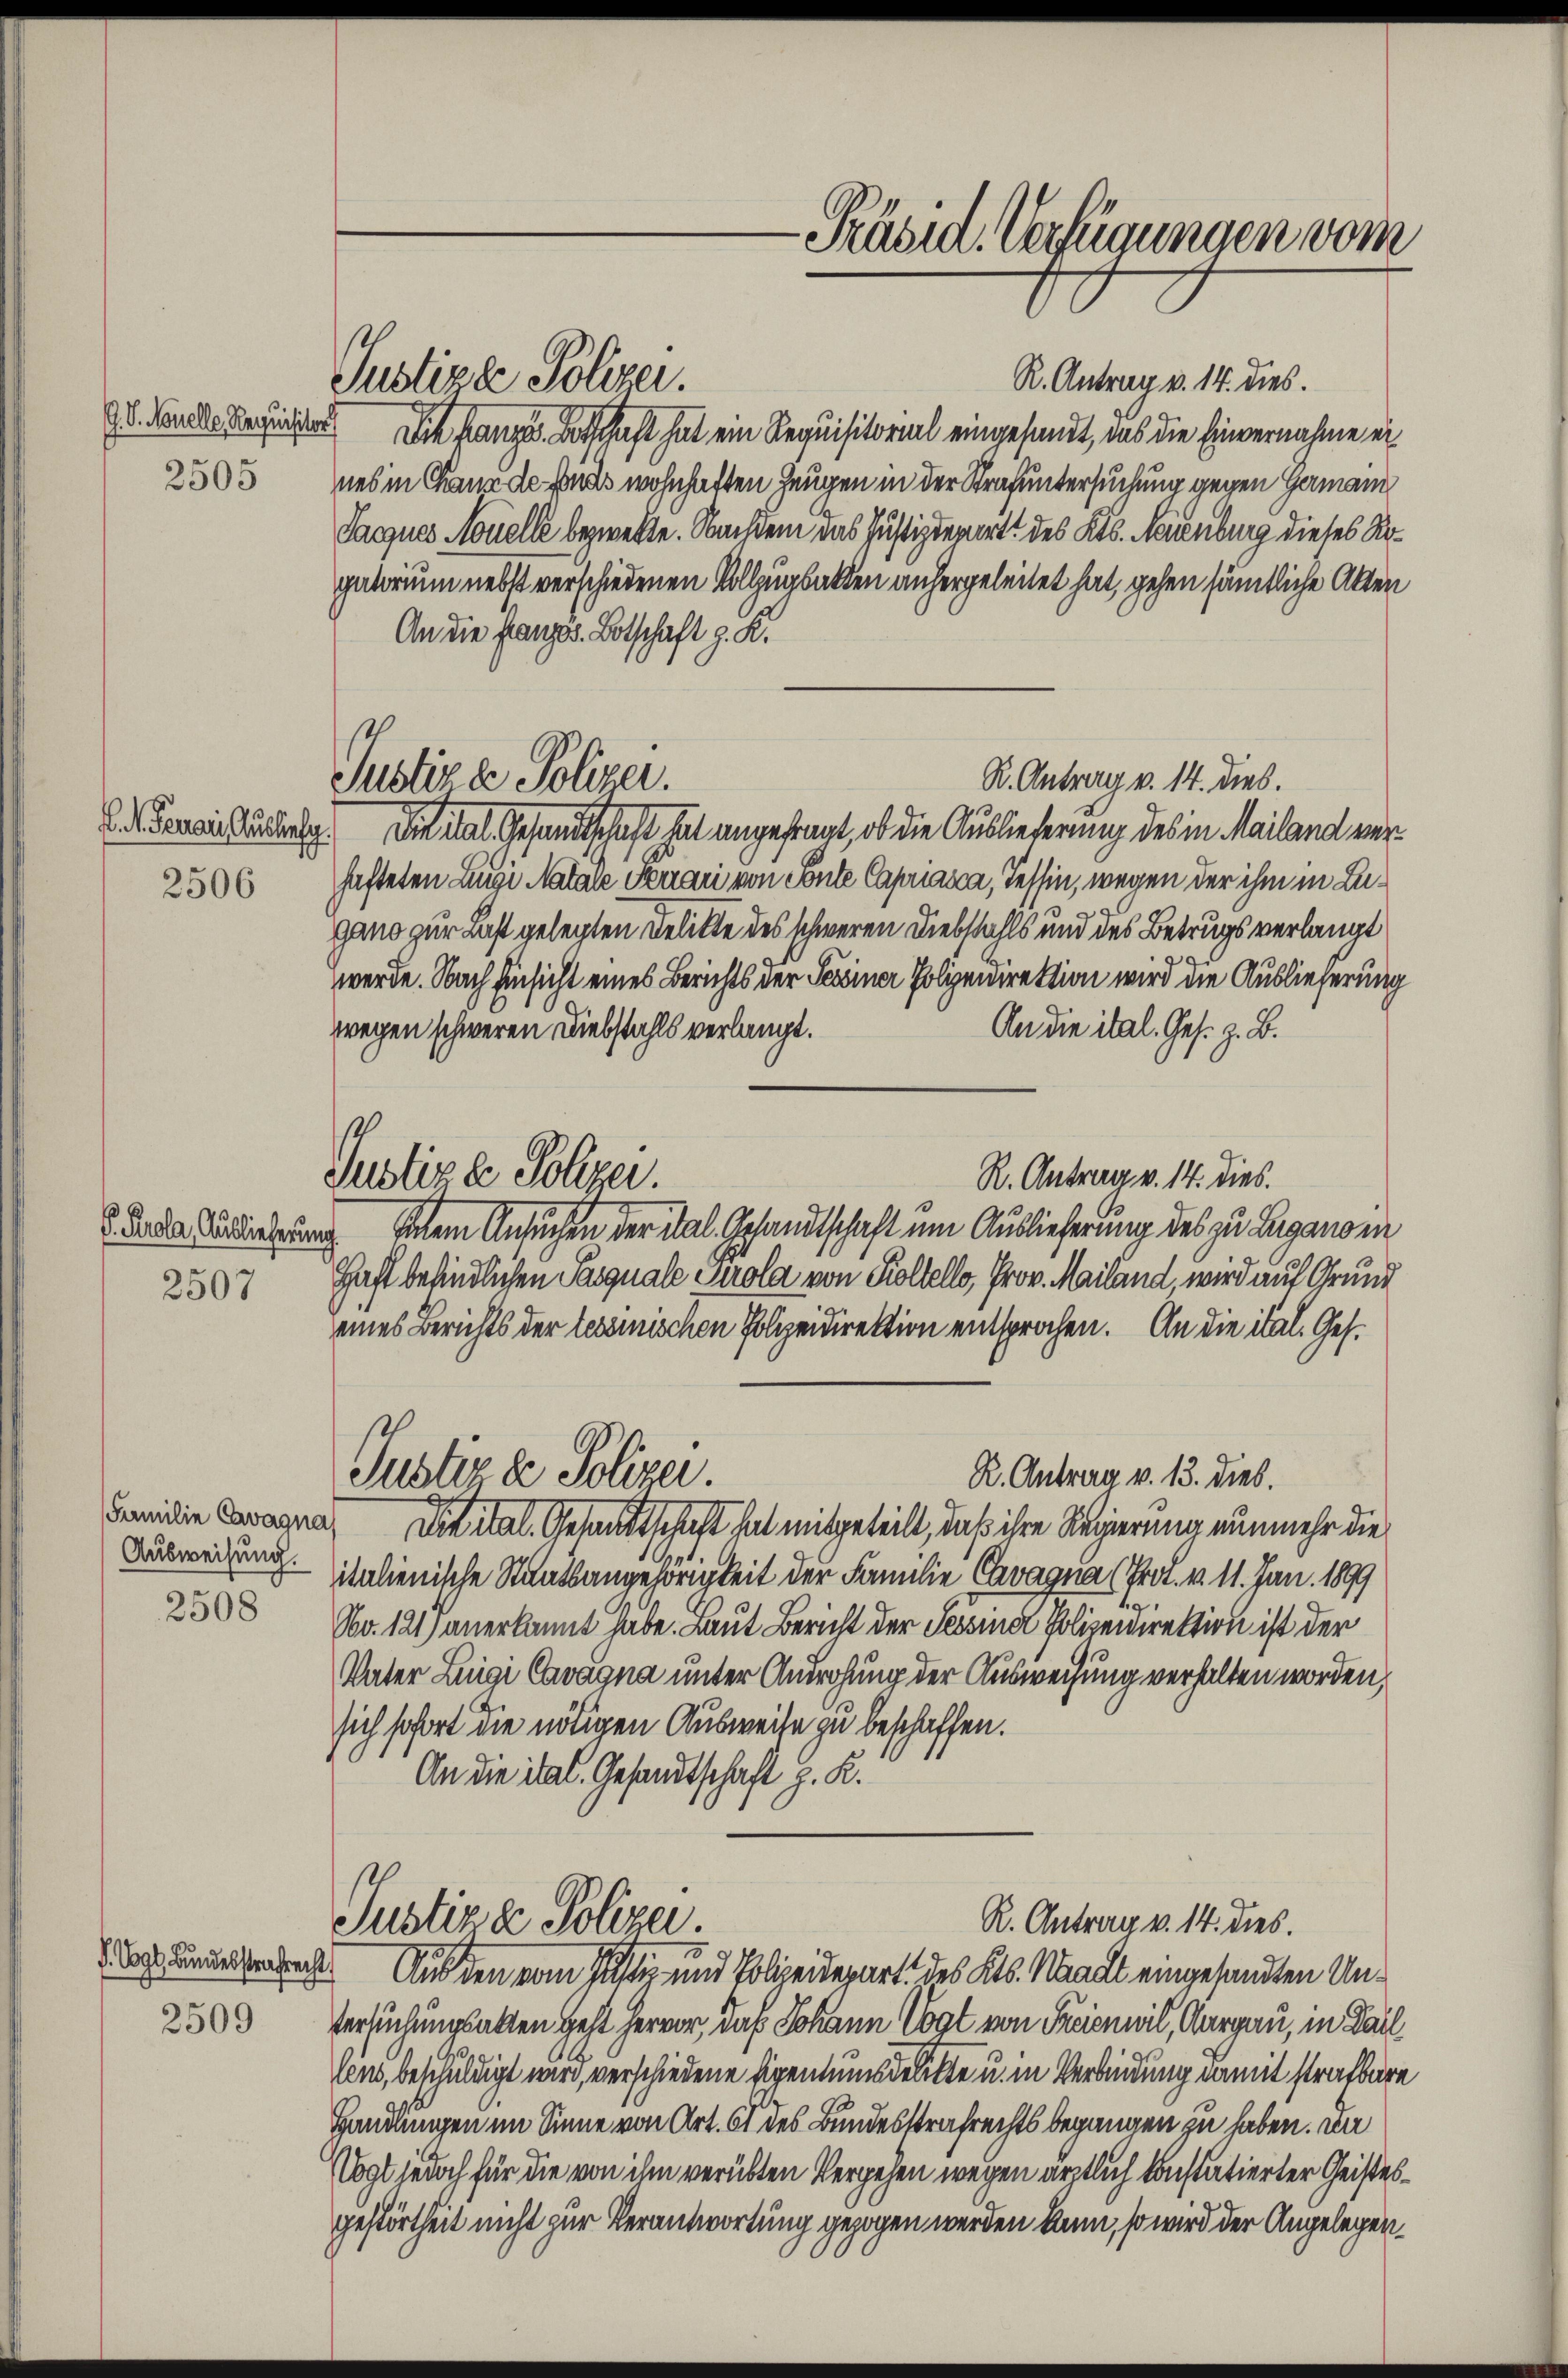
G. V. Novelle Requisitor

2506

F. Perola, Auslieferung

2507

2508

Familie Cavagna
Ausweisung.

2509

Justizie Polizei.

Justiz & Polizei.

R. Antrag v. 14. dies.
Die franze Botschaft hat ein Requisitorial eingesandt, das die Einvernahme er¬
2505 des in Chann de fonds wohnhaften Zeugen in der Strafuntersuchung gegen Gamann
Sarques Nouelle bezweckte. Nachdem das Justizdewirt des Kts. Neuenburg dieses Rogatorium nebst verschiedenen Vollzugsakten anhergeleitet hat, gehen sämtliche Akten
An die französ. Botschaft z. K.
R. Antrag v. 14. dies.
6. Denen Budberg. Die ital Gesandtschaft hat angefragt, ob die Auslieferung des in Mailand verhafteten Luigi Natale Serari von Conte Capriasca, Tessin, wegen der ihm in Lugano zur Last gelegten Delikte des schweren Diebstahls und des Betrugs verlangt
werde. Nach Einsicht eines Berichts der Sessiner Polizeidirektion wird die Auslieferung
fregen schweren Diebstahls verlangt.
An die ital. Ges. z. B.
Justizde Polizer.
R. Antrag v. 14. dies.
sem Ansuchen der Tal. Gesandtschaft um Auslieferung des zu Luganoni
Haft befindlichen Pasquale Tirola von Koltello, Prov. Mailand, wird auf Grund
eines Berichts der tessinischen Polizeidirektion entsprochen. An die ital. Ges.
Justiz & Polizei.
R. Antrag v. 13. dieb.
Ditital. Gesandtschaft hat mitgeteilt, daß ihre Regierung nunmehr die
italienische Staatsangehörigkeit der Familie Cavaqua (Prod. v. 11. Jan. 1899
No. 121) anerkannt habe. Laut Bericht der Tessiner Polizeidirektion ist der
Vater Luigi Cavagna unter Androhung der Ausweisung verhalten worden,
sich sofort die nötigen Ausweise zu beschaffen.
An die ital. Gesandtschaft z. K.

R. Antrag v. 14. dies.
Justiz & Polizei.
 ununterbrecht. Auf den vom 1sten und Polizeidepart des Kts. Stadt eingesandten Un¬

Präsid. Verfügungen vom

tersuchungsalten geht hervor, daß Johann Vogt von Freien wil, Aargau, in Darl
len, beschuldigt wird, verschiedene Eigentumsdelikte u. in Verbindung damit strafbare
Handlungen im Sinne von Art. 61 des Bundesstrafrechts begangen zu haben. Dn
Ugt jedoch für die von ihm verübten Vergehen wegen ärztlich konstatierter Geistesgestörtheit nicht zur Verantwortung gezogen werden kann, so wird der Angelegen¬